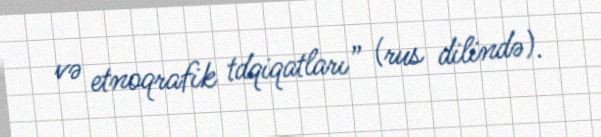
və etnoqrafik tdqiqatları” (rus dilində).